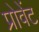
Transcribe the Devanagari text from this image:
प्रोवेंट